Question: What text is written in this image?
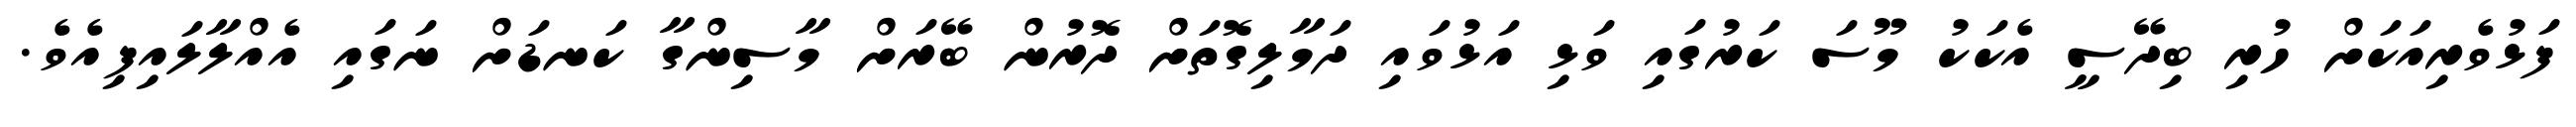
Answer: ފަޅުވެރިއަކަށް ހުރި ބިދޭސީ އެކަކު މޫސަ ކަރުގައި ވަޅި އަޅުވައި ދަމާލިގޮތަށް ދޮރުން ބޭރަށް މާސިންގާ ކަނޑަށް ނަގައި އެއްލާލައިފިއެވެ.